Lunatic asylums United Prov. 1922-30 - 1922-1930
Year: 1922
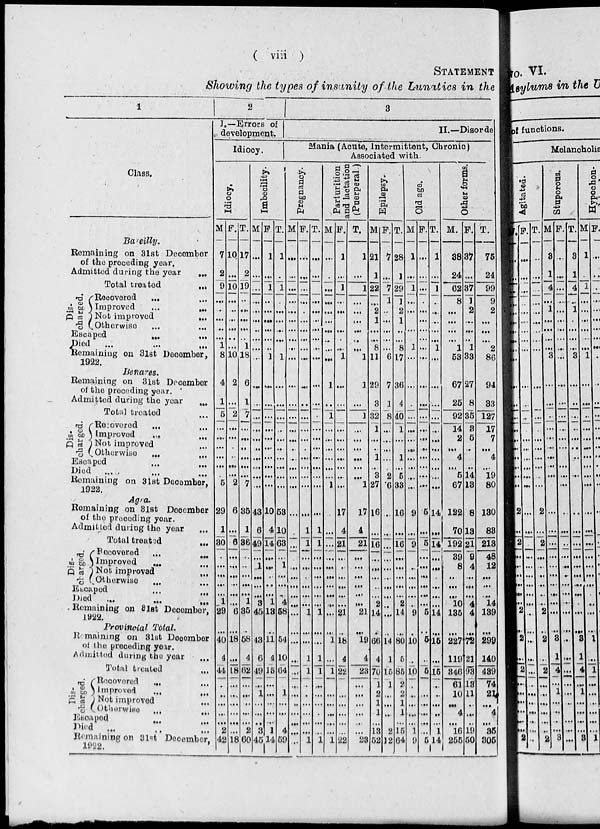
( viii )
STATEMENT
Showing the types of insanity of the Lunatics in the
1
Class.
Barcilly.
Remaining on 31st December
of the proceding year.
Admitted during the year
...
Total treated
...
Dis-
charged.
Recovered ... ...
Improved
...
...
Not improved ...
Otherwise ... ...
Escaped ... ...
Died
...
...
...
Remaining on 31st December,
1922.
Benares.
Remaining on 31st December
of the preceding year.
Admitted during the year
....
Total treated
...
Dis-
charged.
Recovered
...
...
Improved ... ...
Not improved ...
Otherwise ... ...
Escaped ... ...
Died ... ... ...
Remaining on 31st December,
1922.
Agra.
Remaining on 31st December
of the preceding year.
Admitted during the year
...
Total treated
...
Dis-
charged.
Recovered ... ...
Improved
...
Not improved
...
Otherwise ... ...
Escaped ... ...
Died
...
...
...
Remaining on 31st December,
1922.
Provincial Total.
Remaining on 31st December
of the preceding year. Admitted during the year ...
Total treated
...
Dis-
charged.
Recovered ... ...
Improved ... ...
Not improved
...
...
Otherwise ... ...
Escaped ... ...
Died ... ...
Remaining on 31st December,
1922.
2
I.—Errors of
development.
Idiocy.
Idiocy.
M
7
2
9
...
...
...
...
...
1
8
4
1
5
...
...
...
...
...
...
5
29
1
30
...
...
...
...
...
1
29
...
40
4
44
...
...
...
...
...
2
42
F.
10
...
10
...
...
...
...
...
...
10
2
...
2
...
...
...
...
...
...
2
6
...
6
...
...
...
...
...
6
...
18
...
18
...
...
...
...
...
...
18
T.
17
2
19
...
...
...
...
...
1
18
6
1
7
...
...
...
...
...
...
7
35
1
36
...
...
...
...
...
1
85
...
58
4
62
...
...
...
...
...
2
60
Imbecility.
M.
...
...
...
...
...
...
...
...
...
...
...
...
...
...
...
...
...
...
...
...
43
6
49
...
1
...
...
...
3
45
...
43
6
49
...
1
...
...
...
3
45
F.
1
...
1
...
...
...
...
...
...
1
...
...
...
...
...
...
...
...
...
...
10
4
14
...
...
...
...
...
1
18
...
11
4
15
...
...
...
...
...
1
14
T.
1
...
1
...
...
...
...
...
...
1
...
...
...
...
...
...
...
...
...
...
58
10
68
...
1
...
...
...
4
58
...
54
10
64
...
1
...
...
...
4
59
3
II.—Disorde
Mania (Acute, Intermittent, Chronic)
Associated with.
Pregnancy.
M.
...
...
...
...
...
...
...
...
...
...
...
...
...
...
...
...
...
...
...
...
...
...
...
...
...
...
...
...
...
... ...
...
...
...
...
...
...
...
...
...
F.
...
...
...
...
...
...
...
...
...
...
...
...
...
...
...
...
...
...
...
...
...
1
1
...
...
...
...
...
...
1
... ...
1
1
...
...
...
...
...
...
1
T.
...
...
...
...
...
...
...
...
...
...
...
...
...
...
...
...
...
...
...
...
...
1
1
...
...
...
...
...
...
1
... ...
1
1
...
...
...
...
...
...
1
Parturition
and lactation
(Puerperal.)
M.
...
...
...
...
...
...
...
...
...
...
1
...
1
...
...
...
...
...
...
1
...
...
...
...
...
...
...
...
...
...
... 1
...
1
...
...
...
...
...
...
1
F.
1
...
1
...
...
...
...
...
...
1
...
...
...
...
...
...
...
...
...
...
17
4
21
...
...
...
...
...
...
21
...
18
4
22
...
...
...
...
...
...
22
T.
1
...
1
...
...
...
...
...
...
1
1
...
1
...
...
...
...
...
...
1
17
4
21
...
...
...
...
...
...
21
...
19
4
23
...
...
...
...
...
...
23
Epilepsy.
M.
21
1
22
...
2
1
...
...
8
11
29
3
32
1
...
...
1
...
3
27
16
...
16
...
...
...
...
...
2
14
...
66
4
70
1
2
1
1
...
13
52
F.
7
...
7
1
...
...
...
...
...
6
7
1
8
...
...
...
...
...
2
6
...
...
...
...
...
...
...
...
...
...
...
14
1
15
1
...
...
...
...
2
12
T.
28
1
29
1
2
1
...
..
8
17
36
4
40
1
...
...
1
...
5
33
16
...
16
...
...
...
...
...
2
14
...
80
5
85
2
2
1
1
...
15
64
Old age.
M.
1
...
1
...
...
...
...
...
1
...
...
...
...
...
...
...
...
...
...
...
9
...
9
...
...
...
...
...
...
9
...
10
...
10
...
...
...
...
...
1
9
F.
...
...
...
...
...
...
...
...
...
...
...
...
...
...
...
...
...
...
...
...
5
...
5
...
...
...
...
...
...
5
... 5
...
5
...
...
...
...
...
...
5
T.
1
...
1
...
...
...
...
...
1
...
...
...
...
...
...
...
...
...
...
...
14
...
14
...
...
...
...
...
...
14
...
15
...
15
...
...
...
...
...
1
14
Other forms.
M.
38
24
62
8
...
...
...
...
1
53
67
25
92
14
2
...
...
4
5
67
122
70
192
39
8 ...
...
...
10
135
...
227
119
346
61
10
...
4
...
16
255
F.
37
...
37
1
2
...
...
...
1
33
27
8
35
3
5
...
...
...
14
13
8
13
21
9
4
...
...
...
4
4
... 72
21
93
18
11
...
..
...
19
50
T.
75
24
99
9
2
...
...
...
2
86
94
88
127
17
7 ...
...
4
19
80
130
83
218
48
12
...
...
...
14
139
...
299
140
439
74
21
...
4
...
35
305